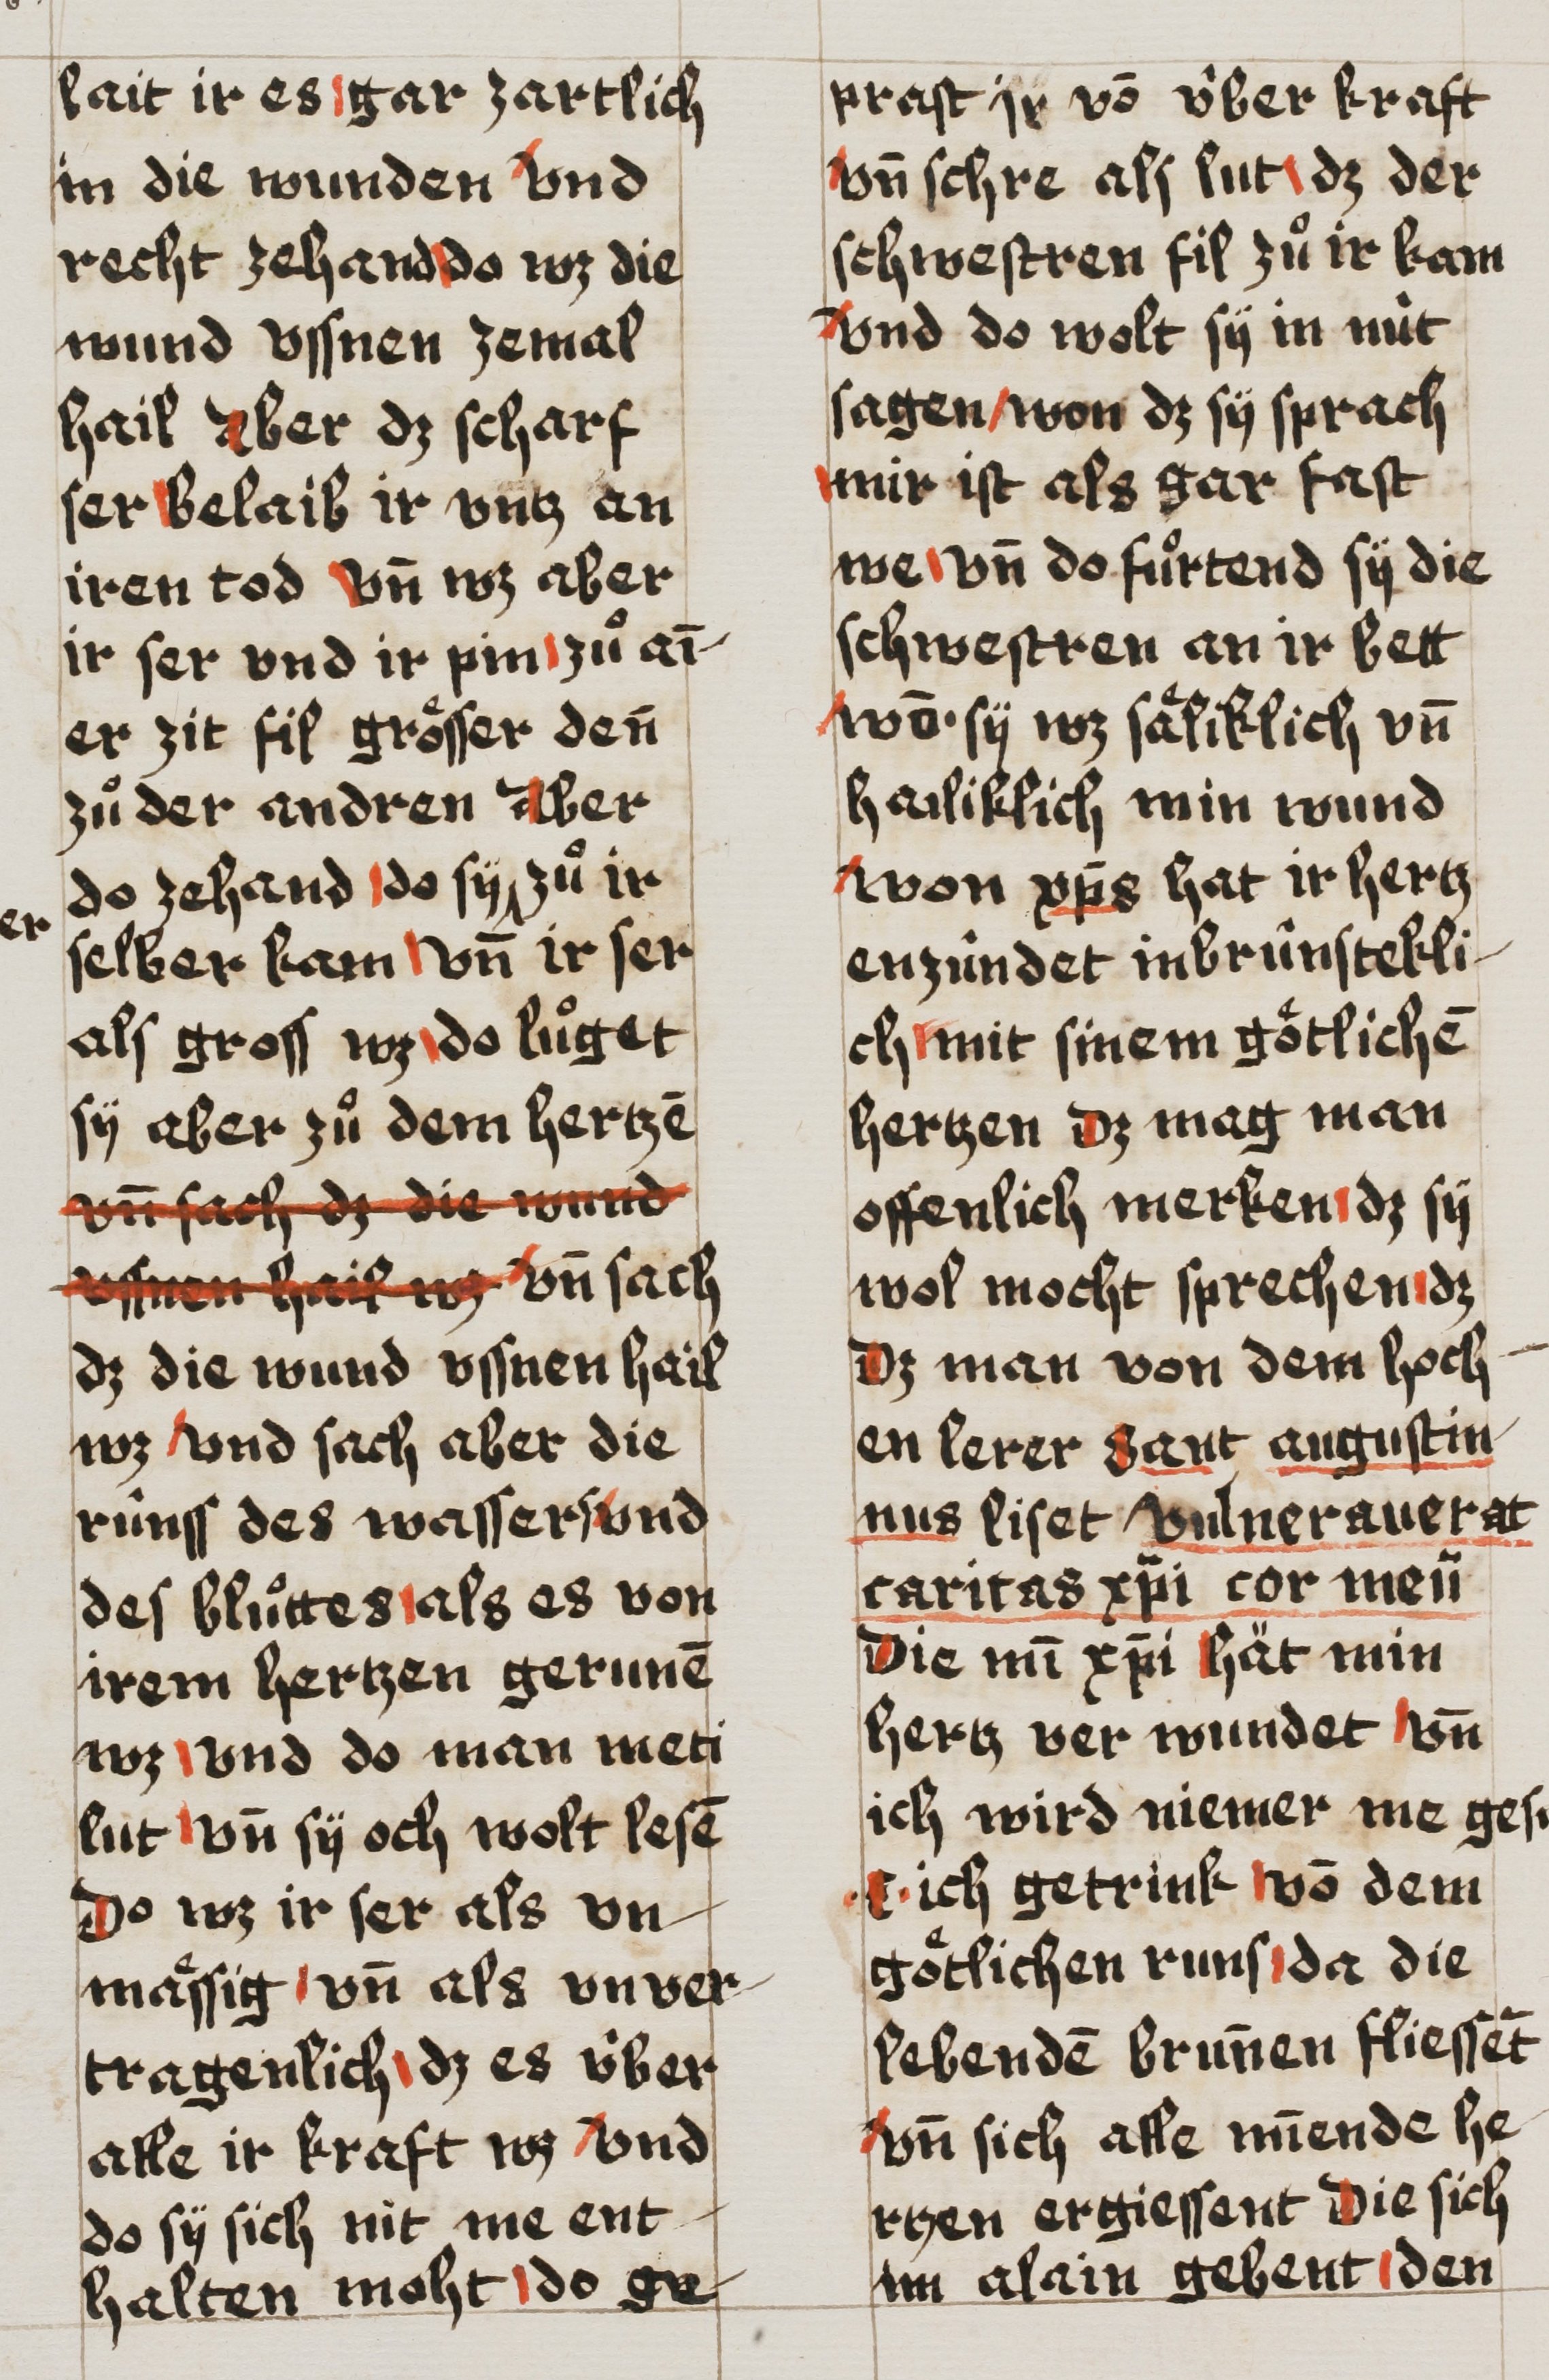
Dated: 1493–1493